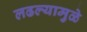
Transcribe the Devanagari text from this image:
लढल्यामुळे